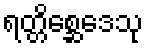
ရတ္တိစ္ဆေဒေသု